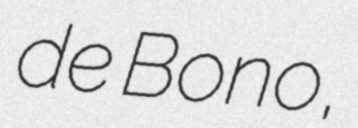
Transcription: de Bono,